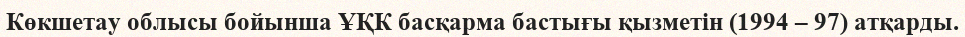
Көкшетау облысы бойынша ҰҚК басқарма бастығы қызметін (1994 – 97) атқарды.